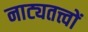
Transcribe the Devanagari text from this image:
नाट्यतत्त्वों